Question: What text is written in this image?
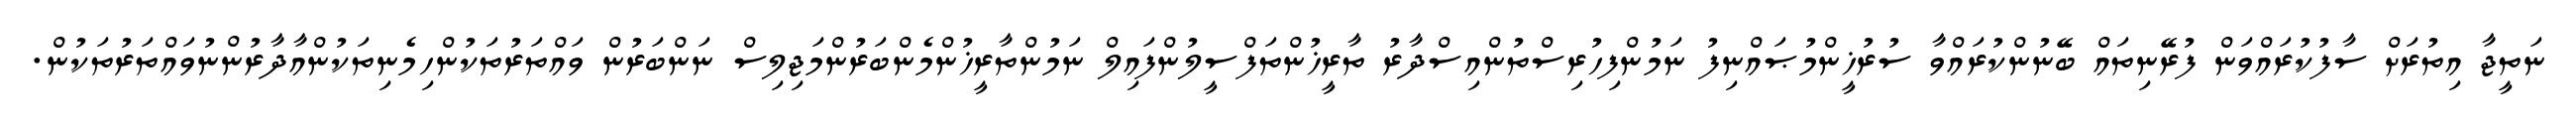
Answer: ނަތީޖާ އިތުރަށް ސާފުކުރައްވަން ފުރޭނިތައް ބޭނުންކުރައްވާ ސުރުޚީންމުޞައްނިފު ނަމުންފިހުރިސްތުންއިސްދާރު ތާރީޚުންތަފްސީލުންފައިލް ނަމުންތާރީޚުންމެންބަރުންމަޖިލިސް ނަންބަރުން ވައްތަރުތަކުންހިމެނިތަކުންއާދާރުންނުވައްތަރުތަކުން.